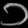
Digit: ၁